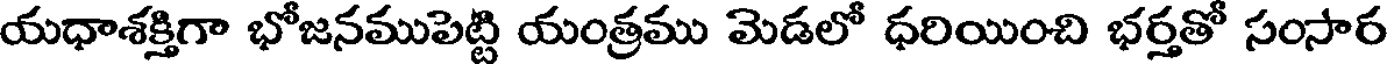
యధాశక్తిగా భోజనముపెట్టి యంత్రము మెడలో ధరియించి భర్తతో సంసార